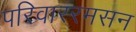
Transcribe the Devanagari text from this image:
परिवाररमसन